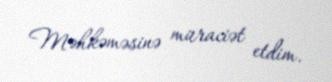
Məhkəməsinə müraciət etdim.